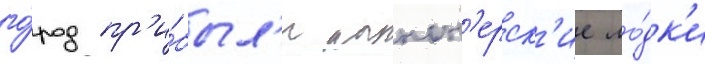
го́род пр'и́был'и канон'ерск'ие ло́дк'и